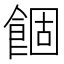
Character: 䭅